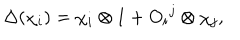
\Delta ( \chi _ { i } ) = \chi _ { i } \otimes 1 + O _ { i } { } ^ { j } \otimes \chi _ { j } ,